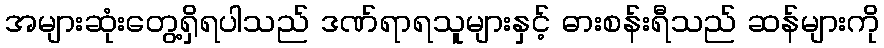
အများဆုံးတွေ့ရှိရပါသည် ဒဏ်ရာရသူများနှင့် ဓားစန်းရီသည် ဆန်များကို